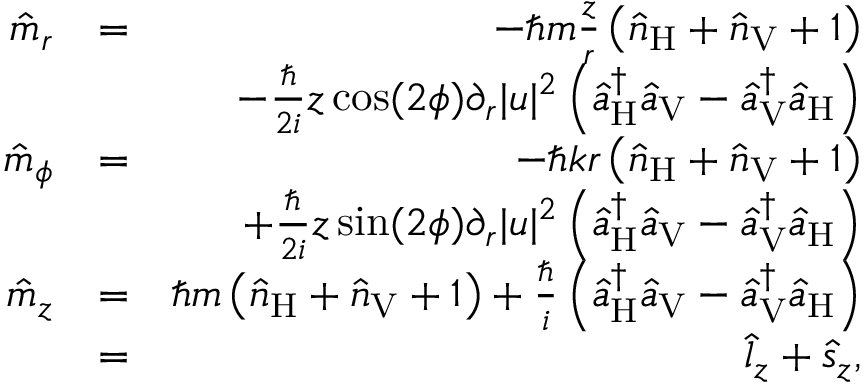
\begin{array} { r l r } { \hat { m } _ { r } } & { = } & { - \hbar m \frac { z } { r } \left( \hat { n } _ { \mathrm { H } } + \hat { n } _ { \mathrm { V } } + 1 \right) } \\ & { } & { - \frac { \hbar } { 2 i } z \cos ( 2 \phi ) \partial _ { r } | u | ^ { 2 } \left( \hat { a } _ { \mathrm { H } } ^ { \dagger } \hat { a } _ { \mathrm { V } } - \hat { a } _ { \mathrm { V } } ^ { \dagger } \hat { a } _ { \mathrm { H } } \right) } \\ { \hat { m } _ { \phi } } & { = } & { - \hbar k r \left( \hat { n } _ { \mathrm { H } } + \hat { n } _ { \mathrm { V } } + 1 \right) } \\ & { } & { + \frac { \hbar } { 2 i } z \sin ( 2 \phi ) \partial _ { r } | u | ^ { 2 } \left( \hat { a } _ { \mathrm { H } } ^ { \dagger } \hat { a } _ { \mathrm { V } } - \hat { a } _ { \mathrm { V } } ^ { \dagger } \hat { a } _ { \mathrm { H } } \right) } \\ { \hat { m } _ { z } } & { = } & { \hbar m \left( \hat { n } _ { \mathrm { H } } + \hat { n } _ { \mathrm { V } } + 1 \right) + \frac { \hbar } { i } \left( \hat { a } _ { \mathrm { H } } ^ { \dagger } \hat { a } _ { \mathrm { V } } - \hat { a } _ { \mathrm { V } } ^ { \dagger } \hat { a } _ { \mathrm { H } } \right) } \\ & { = } & { \hat { l } _ { z } + \hat { s } _ { z } , } \end{array}